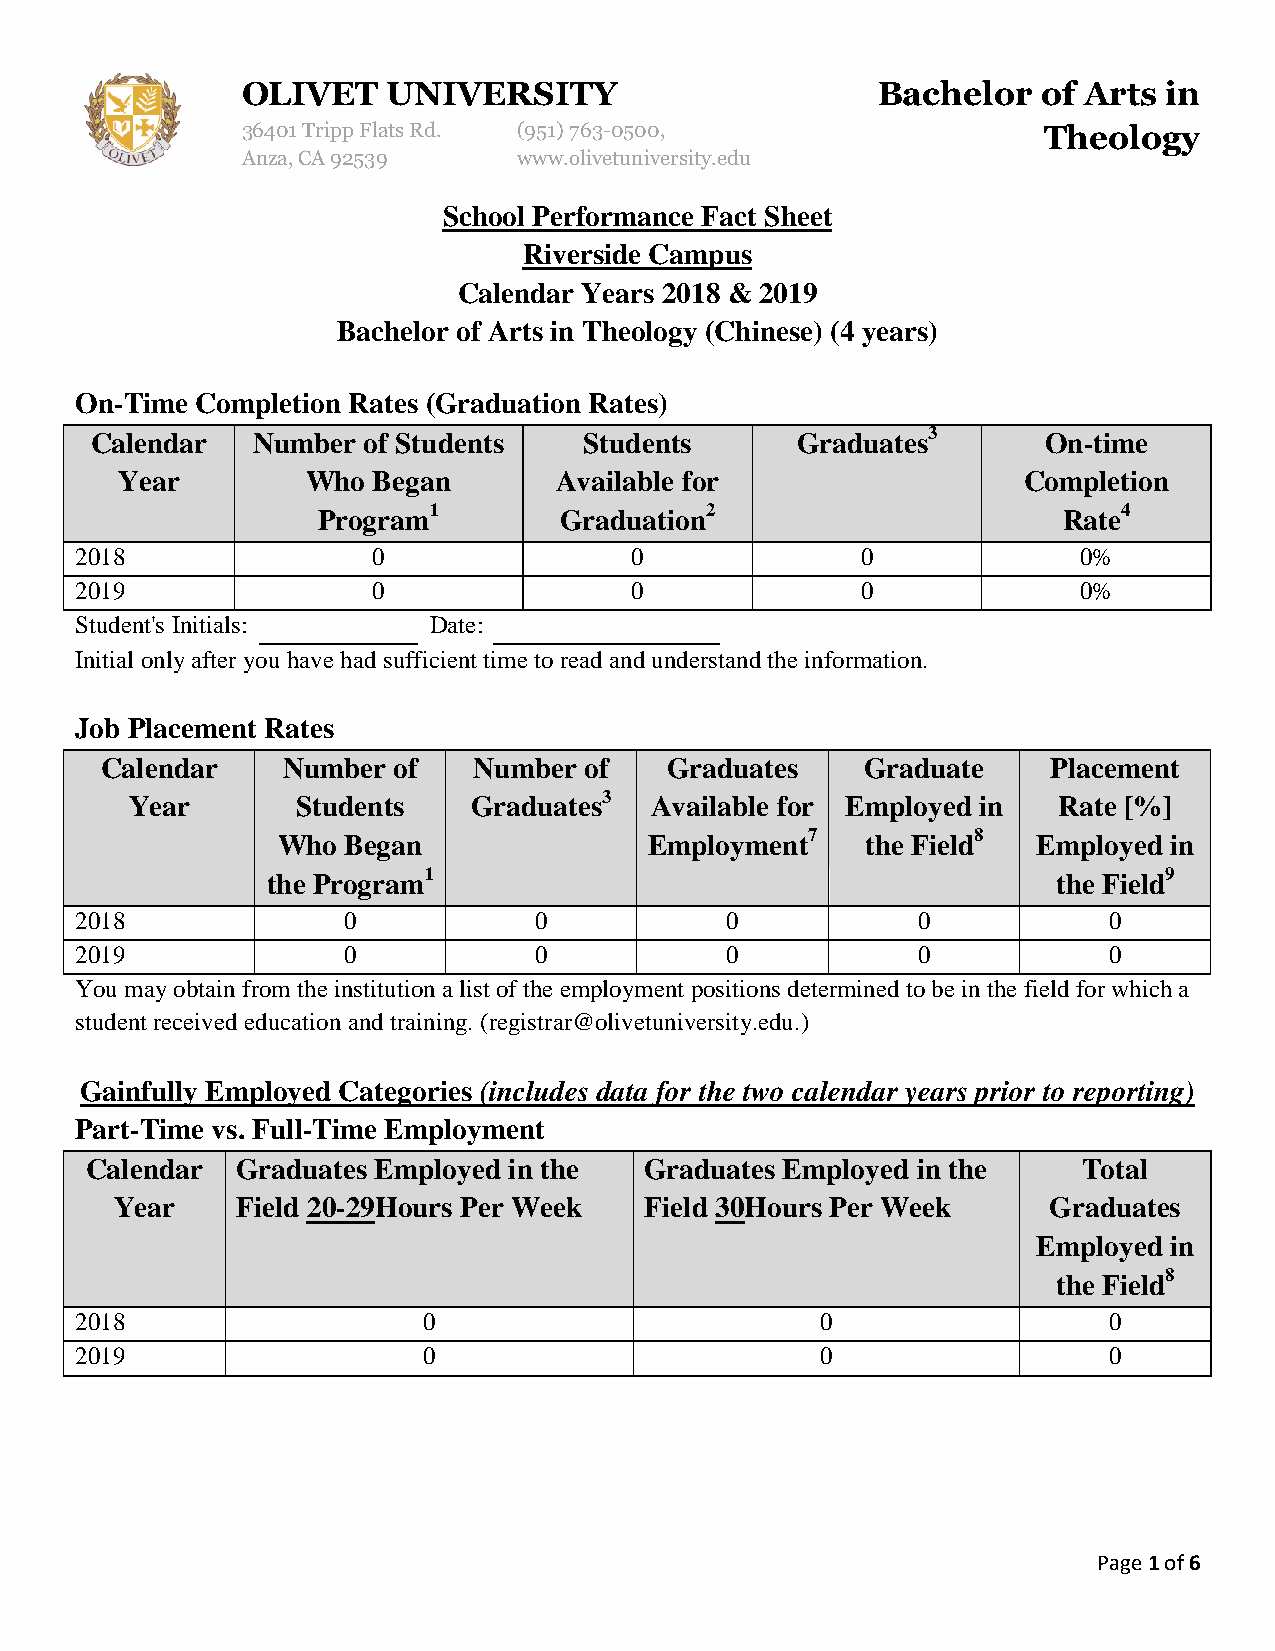
OLIVET    UNIVERSITY                      Bachelor   of Arts in
 36401 Tripp Flats Rd. (951) 763-0500,                Theology
 Anza, CA 92539    www.olivetuniversity.edu
 School Performance Fact Sheet
 Riverside Campus
 Calendar Years 2018 & 2019
 Bachelor of Arts in Theology (Chinese) (4 years)
 On-Time Completion Rates (Graduation Rates)
 Calendar   Number of Students    Students      Graduates3      On-time
 Year        Who  Began       Available for                  Completion
 Program1        Graduation2                      Rate4
 2018                0                0              0              0%
 2019                0                0              0              0%
 Student's Initials:    Date:
 Initial only after you have had sufficient time to read and understand the information.
 Job Placement Rates
 Calendar    Number of   Number  of   Graduates    Graduate     Placement
 Year       Students   Graduates3  Available for Employed in  Rate [%]
 Who  Began               Employment7   the Field8  Employed in
 the Program1                                        the Field9
 2018              0           0            0            0           0
 2019              0           0            0            0           0
 You may obtain from the institution a list of the employment positions determined to be in the field for which a
 student received education and training. (registrar@olivetuniversity.edu.)
 Gainfully Employed Categories (includes data for the two calendar years prior to reporting)
 Part-Time vs. Full-Time Employment
 Calendar  Graduates Employed in the  Graduates Employed in the    Total
 Year    Field 20-29Hours Per Week  Field 30Hours Per Week    Graduates
 Employed in
 the Field8
 2018                   0                         0                  0
 2019                   0                         0                  0
 Page 1 of 6